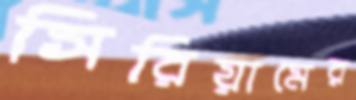
সিরিয়ামের